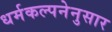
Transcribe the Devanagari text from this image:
धर्मकल्पनेनुसार